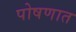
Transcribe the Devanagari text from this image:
पोषणात